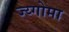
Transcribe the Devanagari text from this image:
ज्य्गोमा